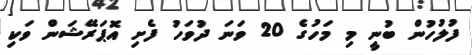
ފުލުހުން ބުނީ މި މަހުގެ 20 ވަނަ ދުވަހު ފެށި އޮޕަރޭޝަން ވަކި